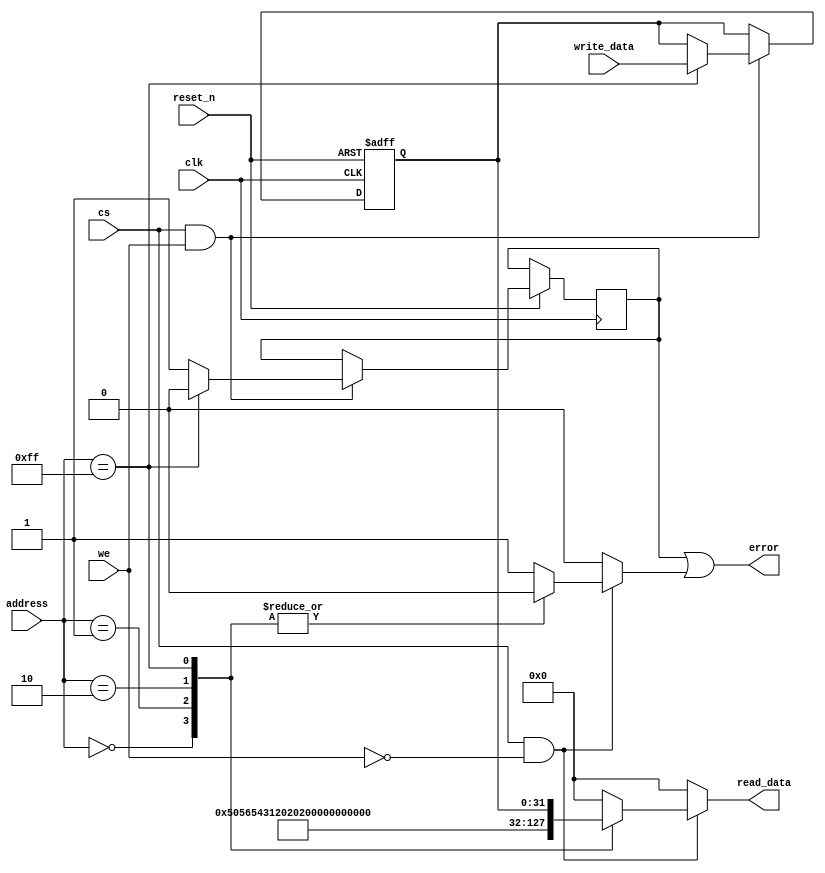
//======================================================================
//
// novena_regs.v
// -------------
// Global registers for the Cryptech Novena FPGA framework.
//
//
// Copyright (c) 2015, NORDUnet A/S All rights reserved.
//
// Redistribution and use in source and binary forms, with or without
// modification, are permitted provided that the following conditions
// are met:
// - Redistributions of source code must retain the above copyright
//   notice, this list of conditions and the following disclaimer.
//
// - Redistributions in binary form must reproduce the above copyright
//   notice, this list of conditions and the following disclaimer in the
//   documentation and/or other materials provided with the distribution.
//
// - Neither the name of the NORDUnet nor the names of its contributors may
//   be used to endorse or promote products derived from this software
//   without specific prior written permission.
//
// THIS SOFTWARE IS PROVIDED BY THE COPYRIGHT HOLDERS AND CONTRIBUTORS "AS
// IS" AND ANY EXPRESS OR IMPLIED WARRANTIES, INCLUDING, BUT NOT LIMITED
// TO, THE IMPLIED WARRANTIES OF MERCHANTABILITY AND FITNESS FOR A
// PARTICULAR PURPOSE ARE DISCLAIMED. IN NO EVENT SHALL THE COPYRIGHT
// HOLDER OR CONTRIBUTORS BE LIABLE FOR ANY DIRECT, INDIRECT, INCIDENTAL,
// SPECIAL, EXEMPLARY, OR CONSEQUENTIAL DAMAGES (INCLUDING, BUT NOT LIMITED
// TO, PROCUREMENT OF SUBSTITUTE GOODS OR SERVICES; LOSS OF USE, DATA, OR
// PROFITS; OR BUSINESS INTERRUPTION) HOWEVER CAUSED AND ON ANY THEORY OF
// LIABILITY, WHETHER IN CONTRACT, STRICT LIABILITY, OR TORT (INCLUDING
// NEGLIGENCE OR OTHERWISE) ARISING IN ANY WAY OUT OF THE USE OF THIS
// SOFTWARE, EVEN IF ADVISED OF THE POSSIBILITY OF SUCH DAMAGE.
//
//======================================================================

`timescale 1ns / 1ps

module board_regs
  (
   // Clock and reset.
   input wire           clk,
   input wire           reset_n,

   // Control.
   input wire           cs,
   input wire           we,

   // Data ports.
   input wire [7 : 0]   address,
   input wire [31 : 0]  write_data,
   output wire [31 : 0] read_data,
   output wire          error
   );


   //----------------------------------------------------------------
   // Internal constant and parameter definitions.
   //----------------------------------------------------------------
   // API addresses.
   localparam ADDR_CORE_NAME0   = 8'h00;
   localparam ADDR_CORE_NAME1   = 8'h01;
   localparam ADDR_CORE_VERSION = 8'h02;
   localparam ADDR_DUMMY_REG    = 8'hFF;    // general-purpose register

   // Core ID constants.
   localparam CORE_NAME0   = 32'h50565431;  // "PVT1"
   localparam CORE_NAME1   = 32'h20202020;  // "    "
   localparam CORE_VERSION = 32'h302e3130;  // "0.10"

   //----------------------------------------------------------------
   // Registers.
   //----------------------------------------------------------------
   reg [31: 0]          tmp_read_data;
   reg                  write_error;
   reg                  read_error;

   // dummy register to check that you can actually write something
   reg [31: 0]          reg_dummy;

   //----------------------------------------------------------------
   // Wires.
   //----------------------------------------------------------------
   wire [31 : 0]               core_name0   = CORE_NAME0;
   wire [31 : 0]               core_name1   = CORE_NAME1;
   wire [31 : 0]               core_version = CORE_VERSION;

   //----------------------------------------------------------------
   // Concurrent connectivity for ports etc.
   //----------------------------------------------------------------
   assign read_data = tmp_read_data;
   assign error     = write_error | read_error;

   //----------------------------------------------------------------
   // storage registers for mapping memory to core interface
   //----------------------------------------------------------------
   always @ (posedge clk or negedge reset_n)
     begin
        if (!reset_n)
          begin
             reg_dummy <= {32{1'b0}};
          end
        else if (cs && we)
          begin
             write_error <= 0;

             // write operations
             case (address)
               ADDR_DUMMY_REG:
                 reg_dummy <= write_data;
               default:
                 write_error <= 1;
             endcase
          end
     end

   always @*
     begin
        tmp_read_data = 32'h00000000;
        read_error    = 0;

        if (cs && !we)
          begin
             // read operations
             case (address)
               ADDR_CORE_NAME0:
                 tmp_read_data = core_name0;
               ADDR_CORE_NAME1:
                 tmp_read_data = core_name1;
               ADDR_CORE_VERSION:
                 tmp_read_data = core_version;
               ADDR_DUMMY_REG:
                 tmp_read_data = reg_dummy;
               default:
                 read_error = 1;
             endcase
          end
     end

endmodule

//======================================================================
// EOF novena_regs.v
//======================================================================